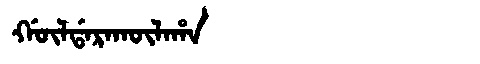
Manchu: ᡤᡡᠯᡩᠠᡵᠠᡴᡡᠯᠠᡥᠠ
Romanization: GŪLDARAKŪLAHA